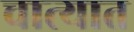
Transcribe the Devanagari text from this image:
चात्यात